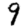
Digit: 9